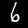
Digit: 6